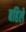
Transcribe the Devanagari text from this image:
बहिले